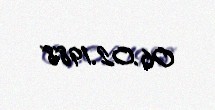
06.02.1988